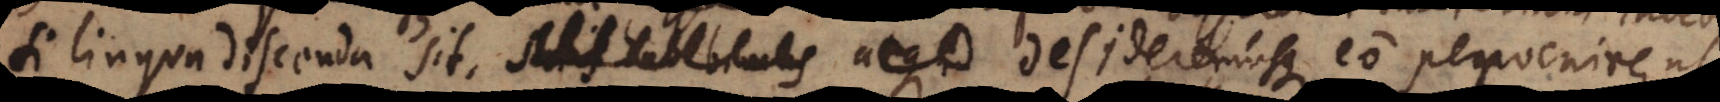
Si lingua discenda sit, satis habebimus atque desideremusque eo pervenire, ut